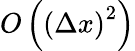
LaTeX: O\left(\left(\Delta x\right)^{2}\right)